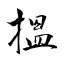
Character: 搵